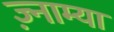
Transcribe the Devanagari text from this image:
ज़्नाम्या